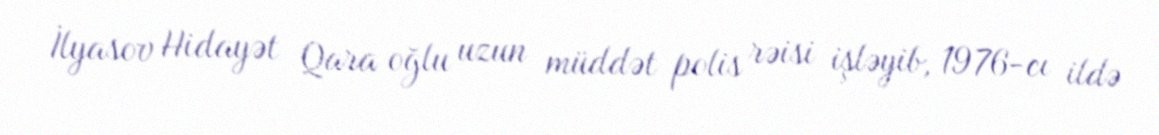
İlyasov Hidayət Qara oğlu uzun müddət polis rəisi işləyib, 1976-cı ildə